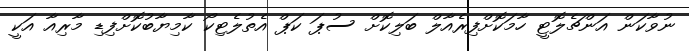
ނުވާކަން އަންޗެލޮޓީ ހާމަކޮށްފިރެއާލް ބަލިކޮށް ސުޕަ ކަޕް އެތުލެޓިކޯ ކާމިޔާބުކޮށްފިޑި މާރިއާ އަކީ